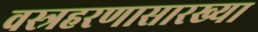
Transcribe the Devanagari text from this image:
वस्त्रहरणासारख्या